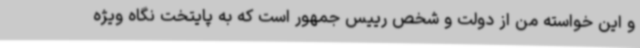
و این خواسته من از دولت و شخص رییس جمهور است که به پایتخت نگاه ویژه